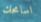
اسامحك